Lunatic asylums in Bengal annual reports 1888-1898 - 1888-1898
Year: 1888
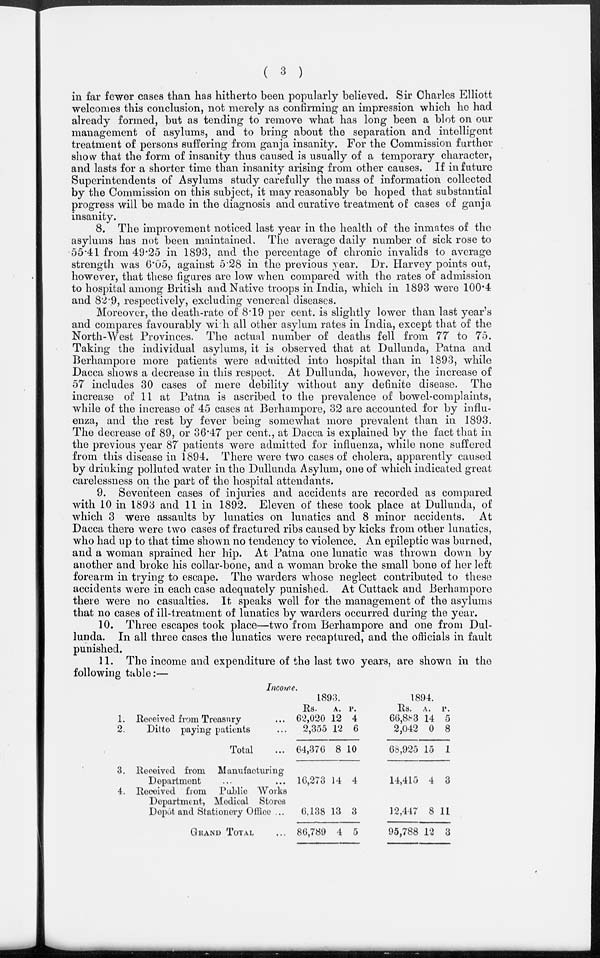
( 3 )
in far fewer cases than has hitherto been popularly believed. Sir Charles Elliott
welcomes this conclusion, not merely as confirming an impression which he had
already formed, but as tending to remove what has long been a blot on our
management of asylums, and to bring about the separation and intelligent
treatment of persons suffering from ganja insanity. For the Commission further
show that the form of insanity thus caused is usually of a temporary character,
and lasts for a shorter time than insanity arising from other causes. If in future
Superintendents of Asylums study carefully the mass of information collected
by the Commission on this subject, it may reasonably be hoped that substantial
progress will be made in the diagnosis and curative treatment of cases of ganja
insanity.
8. The improvement noticed last year in the health of the inmates of the
asylums has not been maintained. The average daily number of sick rose to
55.41 from 49.25 in 1893, and the percentage of chronic invalids to average
strength was 6.05, against 5.28 in the previous year. Dr. Harvey points out,
however, that these figures are low when compared with the rates of admission
to hospital among British and Native troops in India, which in 1893 were 100.4
and 82.9, respectively, excluding venereal diseases.
Moreover, the death-rate of 8.19 per cent. is slightly lower than last year's
and compares favourably with all other asylum rates in India, except that of the
North-West Provinces. The actual number of deaths fell from 77 to 75.
Taking the individual asylums, it is observed that at Dullunda, Patna and
Berhampore more patients were admitted into hospital than in 1893, while
Dacca shows a decrease in this respect. At Dullunda, however, the increase of
57 includes 30 cases of mere debility without any definite disease. The
increase of 11 at Patna is ascribed to the prevalence of bowel-complaints,
while of the increase of 45 cases at Berhampore, 32 are accounted for by influ-
enza, and the rest by fever being somewhat more prevalent than in 1893.
The decrease of 89, or 36.47 per cent., at Dacca is explained by the fact that in
the previous year 87 patients were admitted for influenza, while none suffered
from this disease in 1894. There were two cases of cholera, apparently caused
by drinking polluted water in the Dullunda Asylum, one of which indicated great
carelessness on the part of the hospital attendants.
9. Seventeen cases of injuries and accidents are recorded as compared
with 10 in 1893 and 11 in 1892. Eleven of these took place at Dullunda, of
which 3 were assaults by lunatics on lunatics and 8 minor accidents. At
Dacca there were two cases of fractured ribs caused by kicks from other lunatics,
who had up to that time shown no tendency to violence. An epileptic was burned,
and a woman sprained her hip. At Patna one lunatic was thrown down by
another and broke his collar-bone, and a woman broke the small bone of her left
forearm in trying to escape. The warders whose neglect contributed to these
accidents were in each case adequately punished. At Cuttack and Berhampore
there were no casualties. It speaks well for the management of the asylums
that no cases of ill-treatment of lunatics by warders occurred during the year.
10. Three escapes took place—two from Berhampore and one from Dul-
lunda. In all three cases the lunatics were recaptured, and the officials in fault
punished.
11. The income and expenditure of the last two years, are shown in the
following table:—
1.
2.
3.
4.
Income.
Received from Treasury ...
Ditto paying patients ...
Total ...
Received from
Manufacturing
Department ... ...
Received from Public
Works
Department, Medical Stores
Depôt and Stationery Office ...
GRAND TOTAL ...
1893.
Rs.
62,020
2,355
64,376
16,273
6,138
86,789
A.
12
12
8
14
13
4
P.
4
6
10
4
3
5
1894.
Rs.
66,883
2,042
68,925
14,415
12,447
95,788
A.
14
0
15
4
8
12
P.
5
8
1
3
11
3